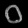
Digit: ၀